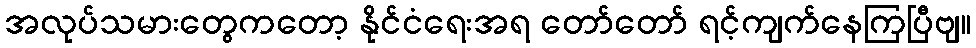
အလုပ်သမားတွေကတော့ နိုင်ငံရေးအရ တော်တော် ရင့်ကျက်နေကြပြီဗျ။